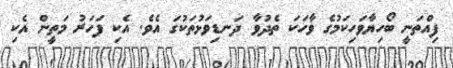
ފިއްތަނީ ބޯހިޔާވަހިކަމުގެ ވާހަކަ ތެދުވާ ދަނޑިވަޅުތަކުގަ އެވެ. އެކި ފަހަރު މަތީން އެކި